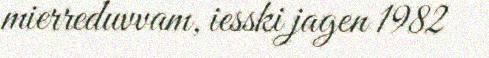
mierreduvvam, iesski jagen 1982